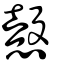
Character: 愨